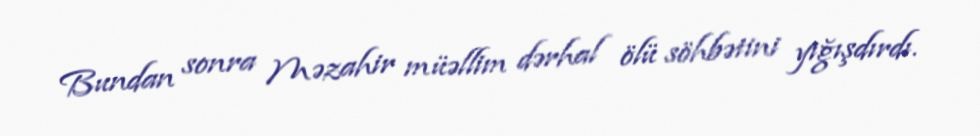
Bundan sonra Məzahir müəllim dərhal ölü söhbətini yığışdırdı.